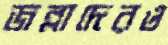
জল্লাদেরও